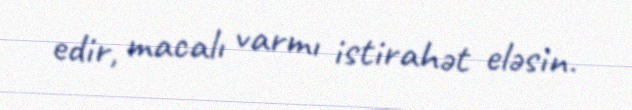
edir, macalı varmı istirahət eləsin.